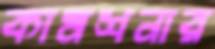
কামশনার